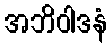
အဘိဝါဒနံ